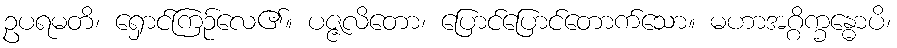
ဥပရမတိ၊ ရှောင်ကြဉ်လေ၏။ ပဇ္ဇလိတော၊ ပြောင်ပြောင်တောက်သော။ မဟာအဂ္ဂိက္ခန္ဓောပိ၊